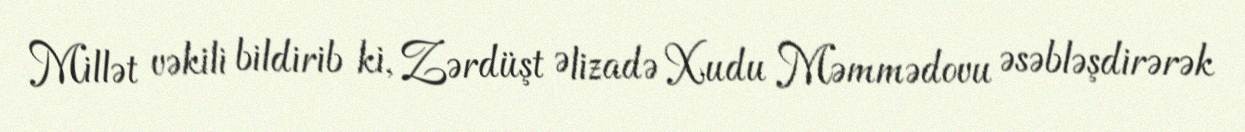
Millət vəkili bildirib ki, Zərdüşt Əlizadə Xudu Məmmədovu əsəbləşdirərək